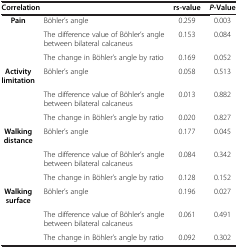
<table><thead><tr><td colspan="2"><b>Correlation</b></td><td><b>rs-value</b></td><td><b><i>P</i>-Value</b></td></tr></thead><tbody><tr><td><b>Pain</b></td><td>Böhler’s angle</td><td>0.259</td><td>0.003</td></tr><tr><td> </td><td>The difference value of Böhler’s angle between bilateral calcaneus</td><td>0.153</td><td>0.084</td></tr><tr><td> </td><td>The change in Böhler’s angle by ratio</td><td>0.169</td><td>0.052</td></tr><tr><td><b>Activity limitation</b></td><td>Böhler’s angle</td><td>0.058</td><td>0.513</td></tr><tr><td> </td><td>The difference value of Böhler’s angle between bilateral calcaneus</td><td>0.013</td><td>0.882</td></tr><tr><td> </td><td>The change in Böhler’s angle by ratio</td><td>0.020</td><td>0.827</td></tr><tr><td><b>Walking distance</b></td><td>Böhler’s angle</td><td>0.177</td><td>0.045</td></tr><tr><td> </td><td>The difference value of Böhler’s angle between bilateral calcaneus</td><td>0.084</td><td>0.342</td></tr><tr><td> </td><td>The change in Böhler’s angle by ratio</td><td>0.128</td><td>0.152</td></tr><tr><td><b>Walking surface</b></td><td>Böhler’s angle</td><td>0.196</td><td>0.027</td></tr><tr><td> </td><td>The difference value of Böhler’s angle between bilateral calcaneus</td><td>0.061</td><td>0.491</td></tr><tr><td> </td><td>The change in Böhler’s angle by ratio</td><td>0.092</td><td>0.302</td></tr></tbody></table>